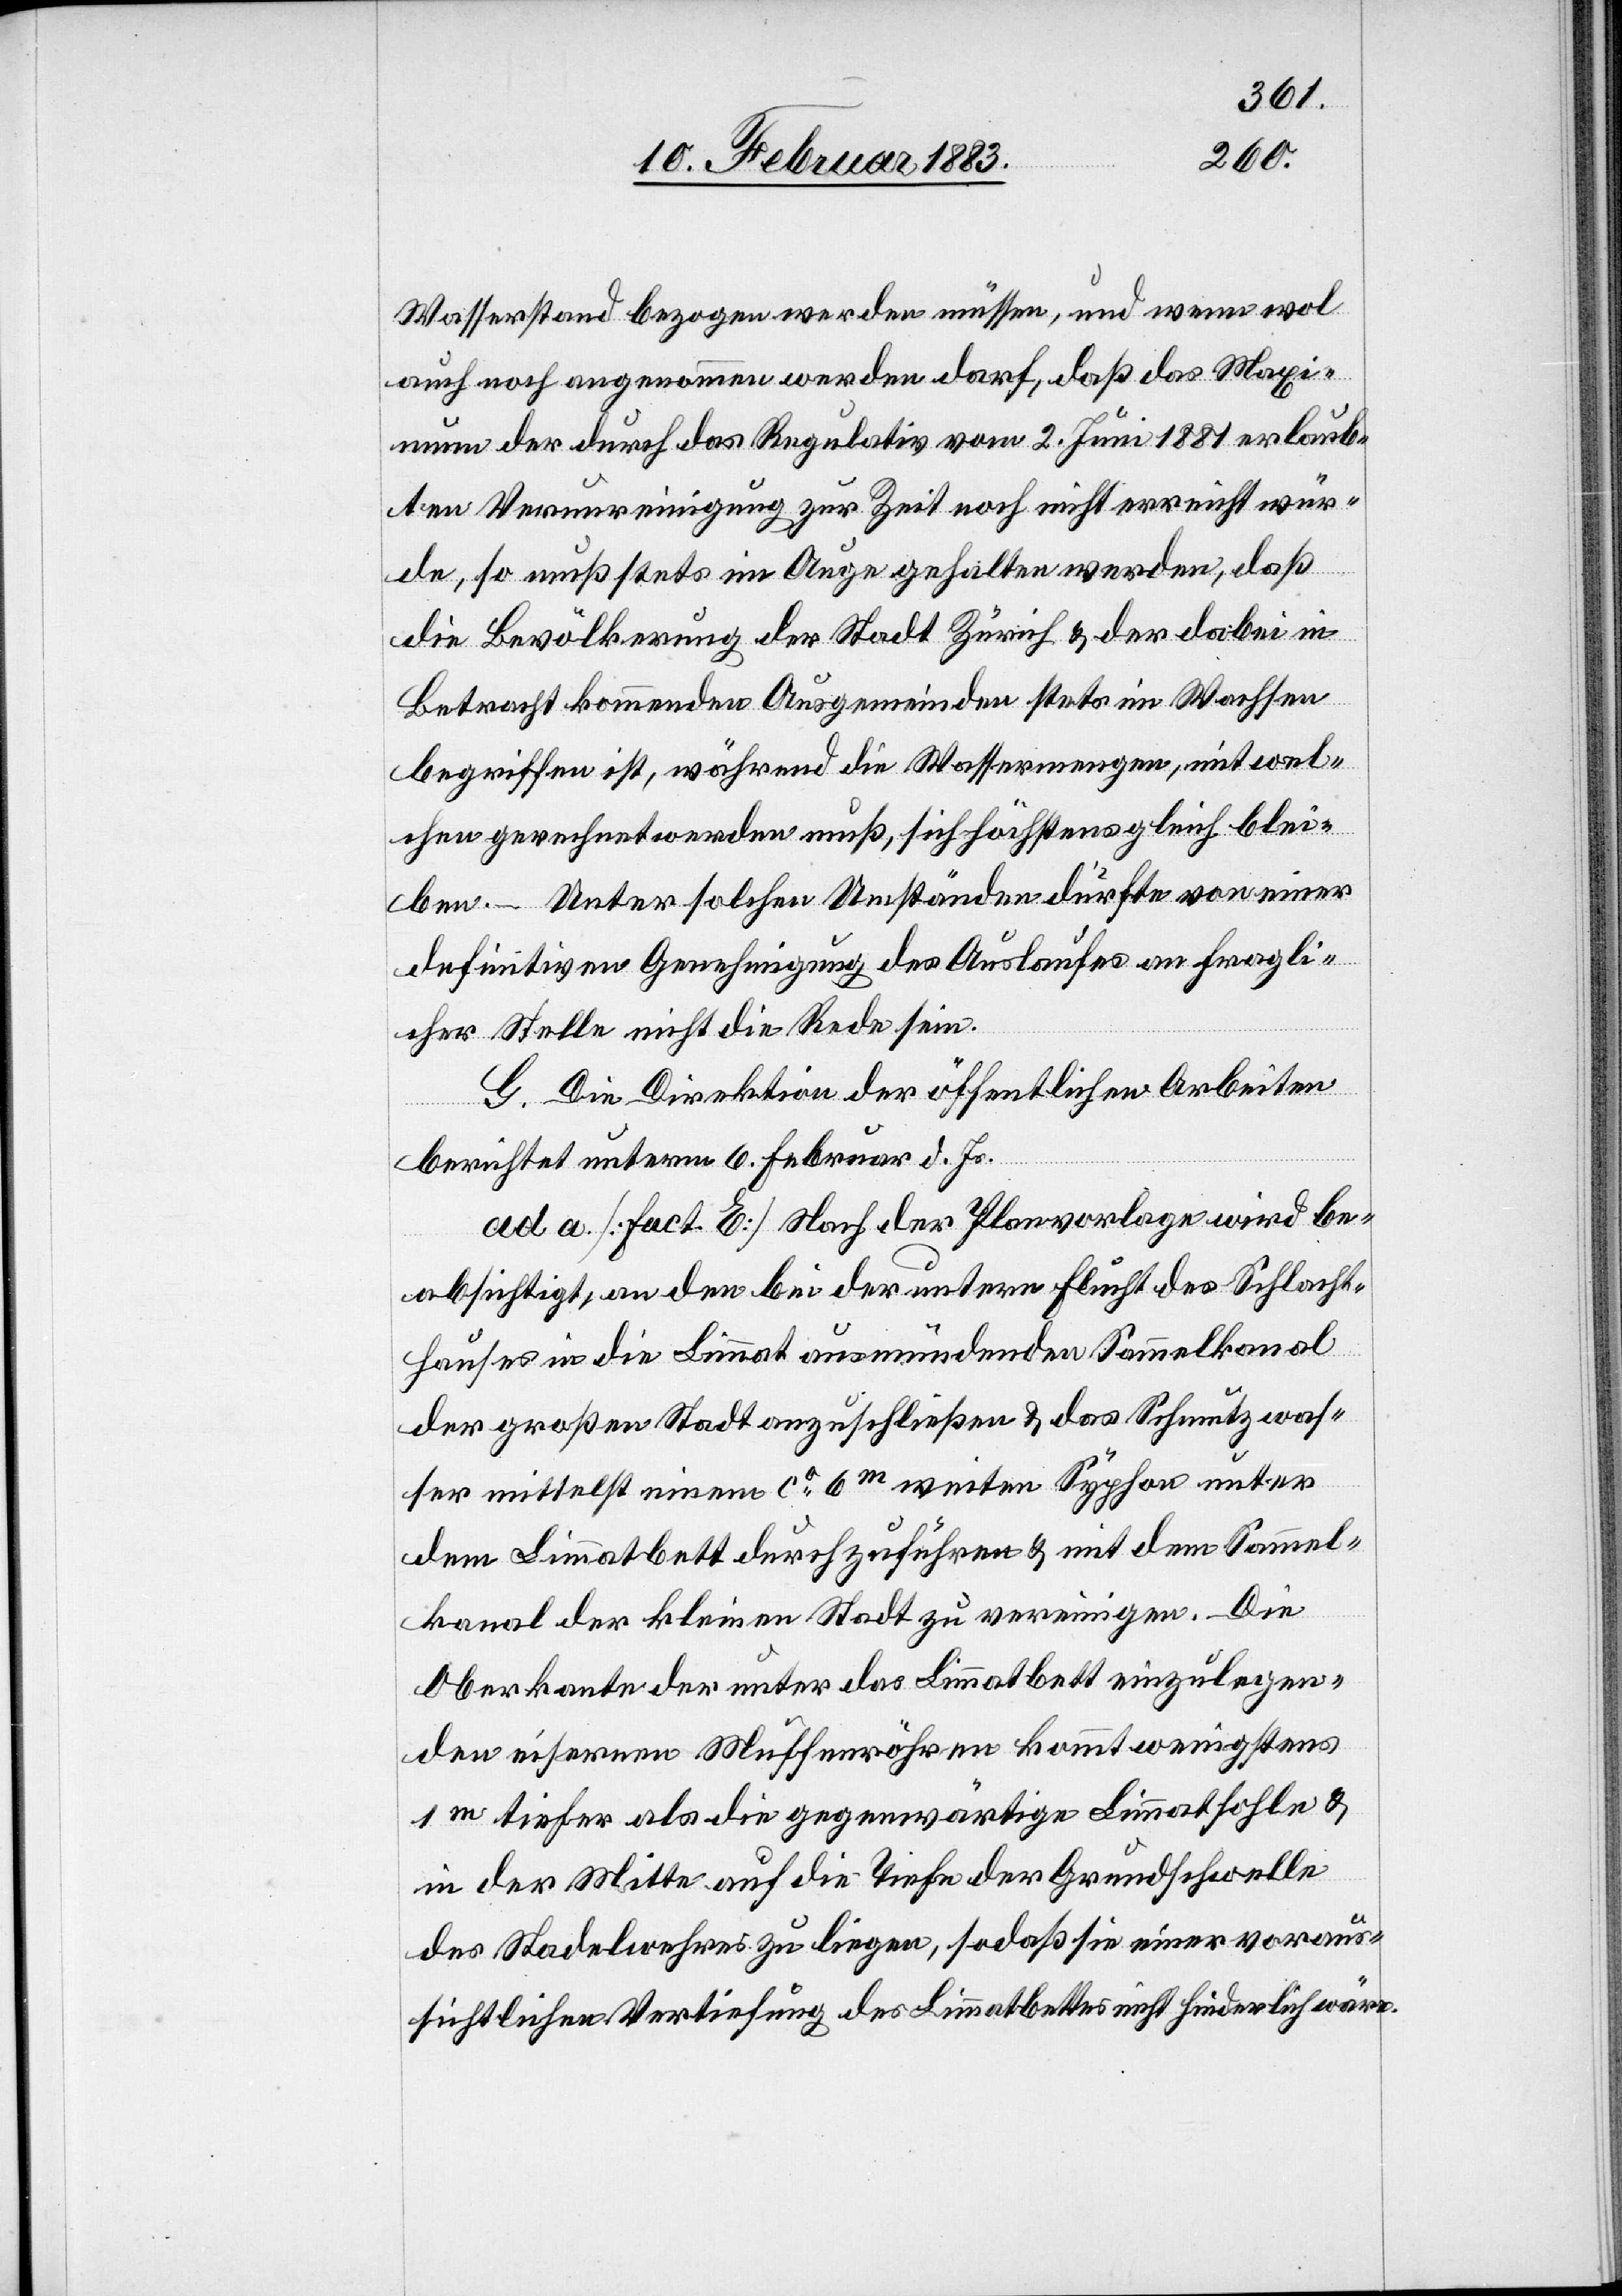
Wasserstand bezogen werden müssen, und wenn wol
auch noch angenommen werden darf, daß das Maxi¬
mum der durch das Regulativ vom 2. Juni 1881 erlaub¬
ten Verunreinigung zur Zeit noch nicht erreicht wür¬
de, so muß stets im Auge gehalten werden, daß
die Bevölkerung der Stadt Zürich & der dabei in
Betracht kommenden Ausgemeinden stets im Wachsen
begriffen ist, während die Wassermengen, mit wel¬
chen gerechnet werden muß, sich höchstens gleich blei¬
ben. – Unter solchen Umständen dürfte von einer
definitiven Genehmigung des Auslaufes an fragli¬
cher Stelle nicht die Rede sein.
G. Die Direktion der öffentlichen Arbeiten
berichtet unterm 6. Februar d. Js.
ad a. [Fact. E] Nach der Planvorlage wird be¬
absichtigt, an den bei der untern Flucht des Schlacht¬
hauses in die Limmat ausmündenden Sammelkanal
der großen Stadt anzuschließen & das Schmutzwas¬
ser mittelst einem ca 6m weiten Syphon unter
dem Limmatbett durchzuführen & mit dem Sammel¬
kanal der kleinen Stadt zu vereinigen. Die
Oberkante der unter das Limmatbett einzulegen¬
den eisernen Muffenröhren kommt wenigstens
1m tiefer als die gegenwärtige Limmatsohle &
in der Mitte auf die Tiefe der Grundschwelle
des Stadelwehres zu liegen, sodaß sie einer voraus¬
sichtlichen Vertiefung des Limmatbettes nicht hinderlich wäre.